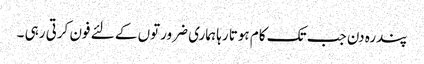
پندرہ دن جب تک کام ہوتا رہا ہماری ضرورتوں کے لئے فون کرتی رہی ۔